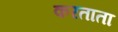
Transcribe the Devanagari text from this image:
करताता